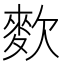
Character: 𪌒